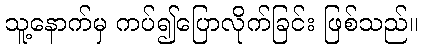
သူ့နောက်မှ ကပ်၍ပြောလိုက်ခြင်း ဖြစ်သည်။